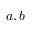
a , b